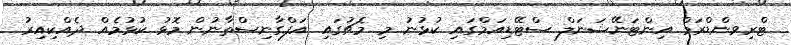
ޓްރިވންޑްރަމް އިންޓަނޭޝަނަލް ސްޓޭޑިއަމްގައި ކުޅުނު މި މެޗުގައި އަފްގާނިސްތާނުން މޮޅު ކުޅުމެއް ދެއްކިއިރު